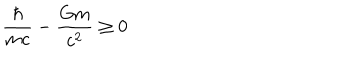
\frac { \hbar } { m c } - \frac { G m } { c ^ { 2 } } \geq 0